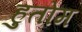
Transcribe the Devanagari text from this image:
हुतोम